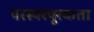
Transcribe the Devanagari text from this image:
परस्परपूरकता